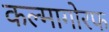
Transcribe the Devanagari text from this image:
कल्मागोरफ